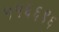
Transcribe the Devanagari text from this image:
५५६६९६